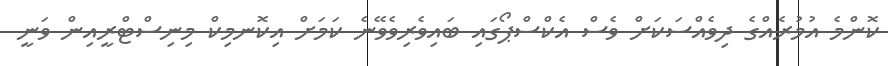
ކޮންމެ އުމުރެއްގެ ދިވެއްސަކަށް ވެސް އެކްސްޕޯގައި ބައިވެރިވެވޭނެ ކަމަށް އިކޮނމިކް މިނިސްޓްރީއިން ވަނީ